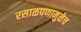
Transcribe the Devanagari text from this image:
रसाळपणामुळेच